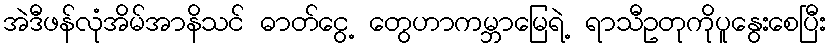
အဲဒီဖန်လုံအိမ်အာနိသင် ဓာတ်ငွေ့ တွေဟာကမ္ဘာမြေရဲ့ ရာသီဥတုကိုပူနွေးစေပြီး